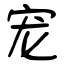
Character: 宠